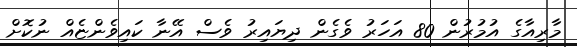
މާރިއާގެ އުމުރުން 80 އަހަރު ވެގެން ދިޔައިރު ވެސް އޭނާ ކައިވެންޏެއް ނުކޮށް